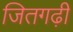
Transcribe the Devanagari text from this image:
जितगढ़ी